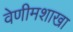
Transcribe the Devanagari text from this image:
वेणीमशाखा